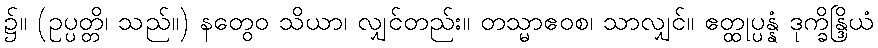
၌။ (ဥပ္ပတ္တိ၊ သည်။) နတွေဝ သိယာ၊ လျှင်တည်း။ တသ္မာဧဝစ၊ သာလျှင်။ ဧတ္ထုပ္ပန္နံ ဒုက္ခိန္ဒြိယံ